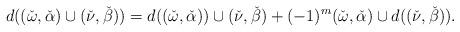
LaTeX: \begin{align*} d((\check{\omega}, \check{\alpha}) \cup (\check{\nu}, \check{\beta})) = d((\check{\omega}, \check{\alpha}) ) \cup (\check{\nu}, \check{\beta}) + (-1)^m (\check{\omega}, \check{\alpha}) \cup d((\check{\nu}, \check{\beta}) ).\end{align*}